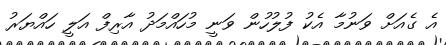
އެ ގެއަށް ވަނުމާ އެކު ފުލުހުން ވަނީ މުހައްމަދު އާރިފް އަލީ ހައްޔަރު